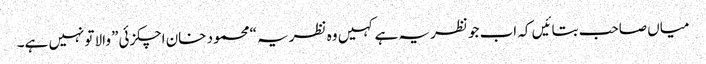
میاں صاحب بتائیں کہ اب جو نظریہ ہے کہیں وہ نظریہ “محمود خان اچکزئی” والا تونہیں ہے۔